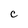
Character: c